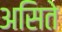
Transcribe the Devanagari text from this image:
असिते